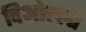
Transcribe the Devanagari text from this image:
दिओल्ली